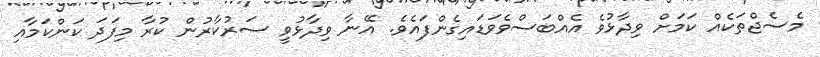
މެސެޖްތަކެއް ކަމަށް ވިދާޅުވެ އެއްބަސްވެވަޑައިގެންފައެވެ. އޭނާ ވިދާޅުވީ ސަރުކާރުން ކުރާ މިފަދަ ކަންކަމާއި